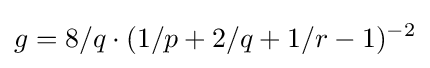
g=8/q\cdot (1/p+2/q+1/r-1)^{-2}